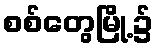
စစ်တွေမြို့၌